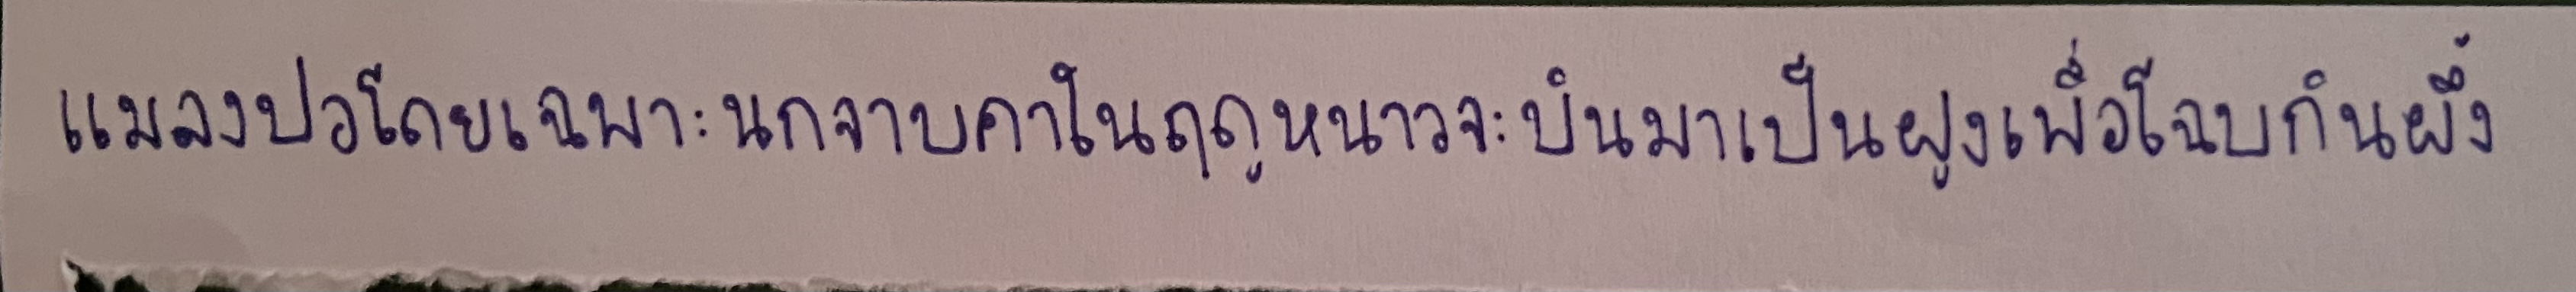
แมลงปอโดยเฉพาะนกจาบคาในฤดูหนาวจะบินมาเป็นฝูงเพื่อโฉบกินผึ้ง